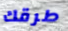
طرقك